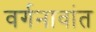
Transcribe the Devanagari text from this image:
वर्गनावांत